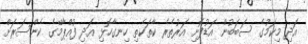
އަދި މިކަމުގެ ސަބަބުން އަޑުފޮށި އަރުތެރެ ކާތަކެތި ހިނގާހޮޅި އަދި ފުއްޕާމޭގެ ކެންސަރަށް